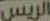
الريس